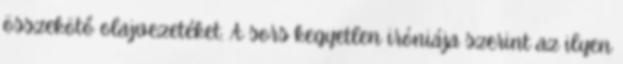
összekötő olajvezetéket. A sors kegyetlen iróniája szerint az ilyen